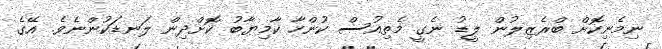
ނިމެނިކޮށް ބްރެޒިލުން ލީޑު ނެގީ މެތިއުސް ކުންހާ ކާމިޔާބު ކޮށްދިން ލަނޑަކުންނެވެ. އޭގެ